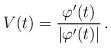
LaTeX: \begin{align*}V(t) = \frac{\varphi'(t)}{|\varphi'(t)|} \,.\end{align*}